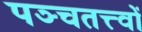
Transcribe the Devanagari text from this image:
पञ्चतत्त्वों